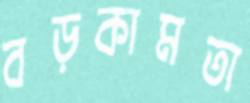
বড়কামতা